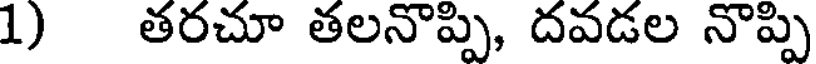
1) తరచూ తలనొప్పి, దవడల నొప్పి